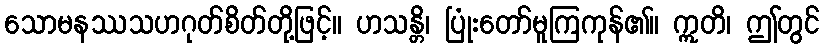
သောမနဿသဟဂုတ်စိတ်တို့ဖြင့်။ ဟသန္တိ၊ ပြုံးတော်မူကြကုန်၏။ ဣတိ၊ ဤတွင်